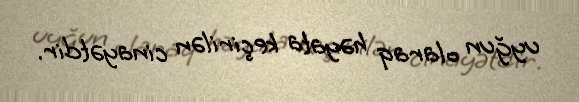
uyğun olaraq həyata keçirilən cinayətdir.